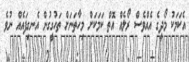
އެކަމަކު މޯދީގެ އެއްވެސް ރޯލެއް އޮތް ކަމަކަށް މިހާތަނަށް ތަހުގީގުން އެނގިފައެއް ނުވެ